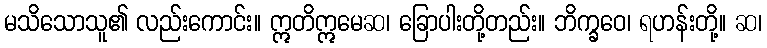
မသိသောသူ၏ လည်းကောင်း။ ဣတိဣမေဆ၊ ခြောပါးတို့တည်း။ ဘိက္ခဝေ၊ ရဟန်းတို့။ ဆ၊